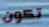
تكون